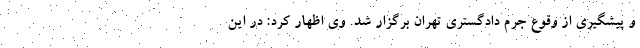
و پیشگیری از وقوع جرم دادگستری تهران برگزار شد. وی اظهار کرد: در این